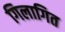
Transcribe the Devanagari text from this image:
गिलागित